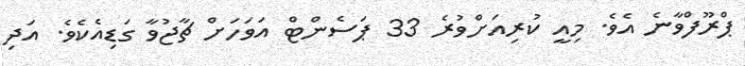
ޕްރޫފްވާނެ އެވެ. މިއީ ކުރިއަށްވުރެ 33 ޕަސެންޓް އަވަހަށް ޗާޖުވާ ގަޑިއެކެވެ. އަދި